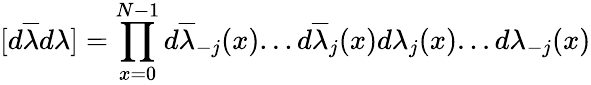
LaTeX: [d\overline{{{\lambda}}}d\lambda]=\prod_{x=0}^{N-1}d\overline{{{\lambda}}}_{-j}(x)...d\overline{{{\lambda}}}_{j}(x)d\lambda_{j}(x)...d\lambda_{-j}(x)